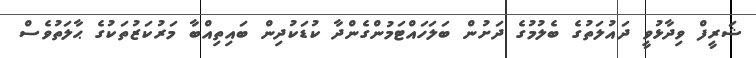
ޝަރީފް ވިދާޅުވީ ދައުލަތުގެ ބެލުމުގެ ދަށުން ބަލަހައްޓަމުންގެންދާ ކުޑަކުދިން ބައިތިއްބާ މަރުކަޒުތަކުގެ ޙާލަތުވެސް